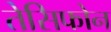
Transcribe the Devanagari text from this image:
तेसिफोन